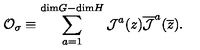
{ \cal O } _ { \sigma } \equiv \sum _ { a = 1 } ^ { \mathrm { d i m } G - \mathrm { d i m } H } { \cal J } ^ { a } ( z ) \overline { { \cal J } } ^ { a } ( \overline { z } ) .